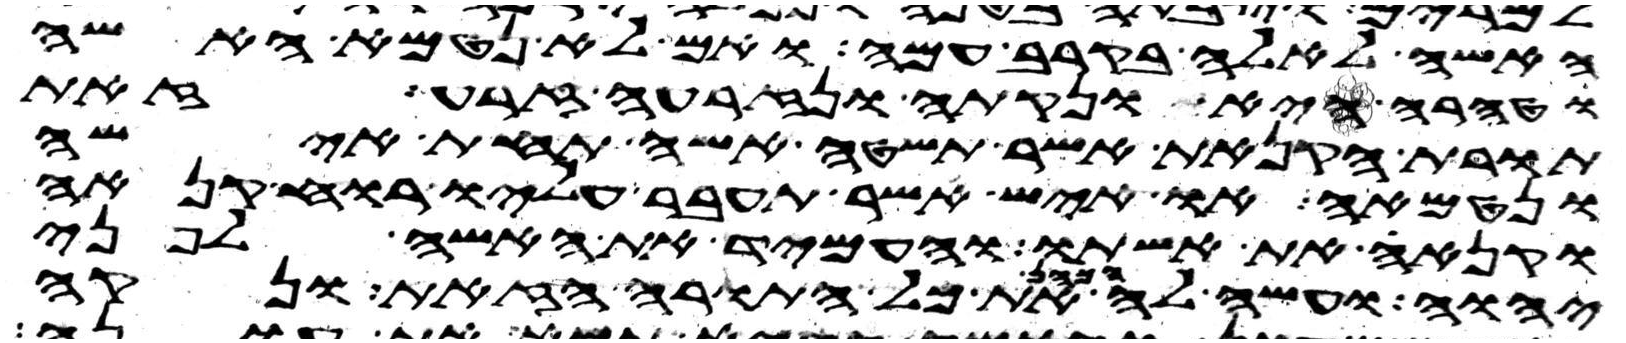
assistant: האשה לאלה בקרב עמה ואם לא נטמאה האשה
וטהרה היא ונקתה ונזרעה זרע זאת
תורת הקנאת אשר תשטה אשה תחת אישה
ונטמאה או איש אשר תעבר עליו רוח קנאה
וקנא את אשתו והעמיד את האשה לפני
יהוה ועשה לה הכהן את כל התורה הזאת ונקה